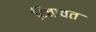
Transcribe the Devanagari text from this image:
दिवावत